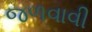
જળવાવી